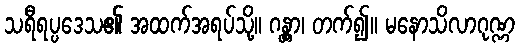
သရီရပ္ပဒေသ၏ အထက်အရပ်သို့။ ဂန္တွာ၊ တက်၍။ မနောသိလာဂုဏ္ဏ